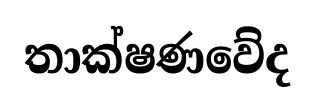
තාක්ෂණවේද